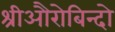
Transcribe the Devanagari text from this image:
श्रीऔरोबिन्दो